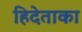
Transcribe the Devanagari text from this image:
हिदेताका